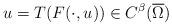
LaTeX: \begin{align*}u= T(F(\cdot,u))\in C^{\beta}(\overline{\Omega})\end{align*}